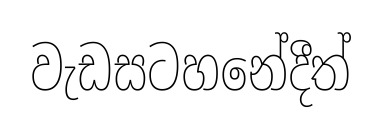
වැඩසටහනේදීත්